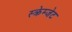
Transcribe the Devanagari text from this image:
स्क्रेम्जेट